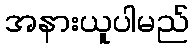
အနားယူပါမည်